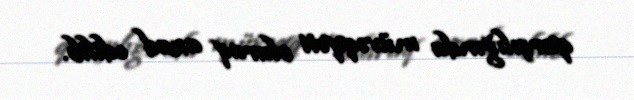
qarşılığında müvəqqəti olaraq azad edilib.